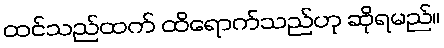
ထင်သည်ထက် ထိရောက်သည်ဟု ဆိုရမည်။